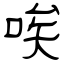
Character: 唉